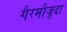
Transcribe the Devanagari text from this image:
गैरमौजूदा